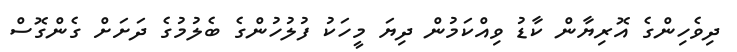
ދިވެހިންގެ އޮރިޔާން ކާޑު ވިއްކަމުން ދިޔަ މީހަކު ފުލުހުންގެ ބެލުމުގެ ދަށަށް ގެންގޮސް